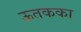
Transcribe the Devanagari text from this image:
ऊतकका